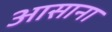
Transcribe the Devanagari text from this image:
आसाना